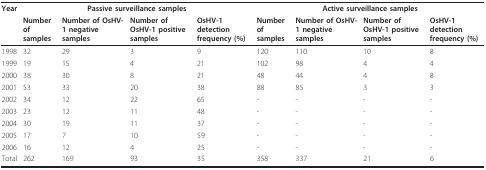
<table><thead><tr><td><b>Year</b></td><td colspan="4"><b>Passive surveillance samples</b></td><td colspan="4"><b>Active surveillance samples</b></td></tr><tr><td></td><td><b>Number of samples</b></td><td><b>Number of OsHV-1 negative samples</b></td><td><b>Number of OsHV-1 positive samples</b></td><td><b>OsHV-1 detection frequency (%)</b></td><td><b>Number of samples</b></td><td><b>Number of OsHV-1 negative samples</b></td><td><b>Number of OsHV-1 positive samples</b></td><td><b>OsHV-1 detection frequency (%)</b></td></tr></thead><tbody><tr><td>1998</td><td>32</td><td>29</td><td>3</td><td>9</td><td>120</td><td>110</td><td>10</td><td>8</td></tr><tr><td>1999</td><td>19</td><td>15</td><td>4</td><td>21</td><td>102</td><td>98</td><td>4</td><td>4</td></tr><tr><td>2000</td><td>38</td><td>30</td><td>8</td><td>21</td><td>48</td><td>44</td><td>4</td><td>8</td></tr><tr><td>2001</td><td>53</td><td>33</td><td>20</td><td>38</td><td>88</td><td>85</td><td>3</td><td>3</td></tr><tr><td>2002</td><td>34</td><td>12</td><td>22</td><td>65</td><td>-</td><td>-</td><td>-</td><td>-</td></tr><tr><td>2003</td><td>23</td><td>12</td><td>11</td><td>48</td><td>-</td><td>-</td><td>-</td><td>-</td></tr><tr><td>2004</td><td>30</td><td>19</td><td>11</td><td>37</td><td>-</td><td>-</td><td>-</td><td>-</td></tr><tr><td>2005</td><td>17</td><td>7</td><td>10</td><td>59</td><td>-</td><td>-</td><td>-</td><td>-</td></tr><tr><td>2006</td><td>16</td><td>12</td><td>4</td><td>25</td><td>-</td><td>-</td><td>-</td><td>-</td></tr><tr><td>Total</td><td>262</td><td>169</td><td>93</td><td>35</td><td>358</td><td>337</td><td>21</td><td>6</td></tr></tbody></table>